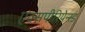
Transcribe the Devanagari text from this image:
एक्सपीरियेन्स्ड